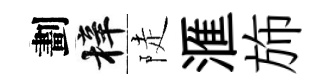
劃梓陡滙斾